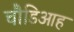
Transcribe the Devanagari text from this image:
चौडिआह